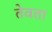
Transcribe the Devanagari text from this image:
तेवता